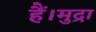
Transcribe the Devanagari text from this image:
हैं।मुद्रा